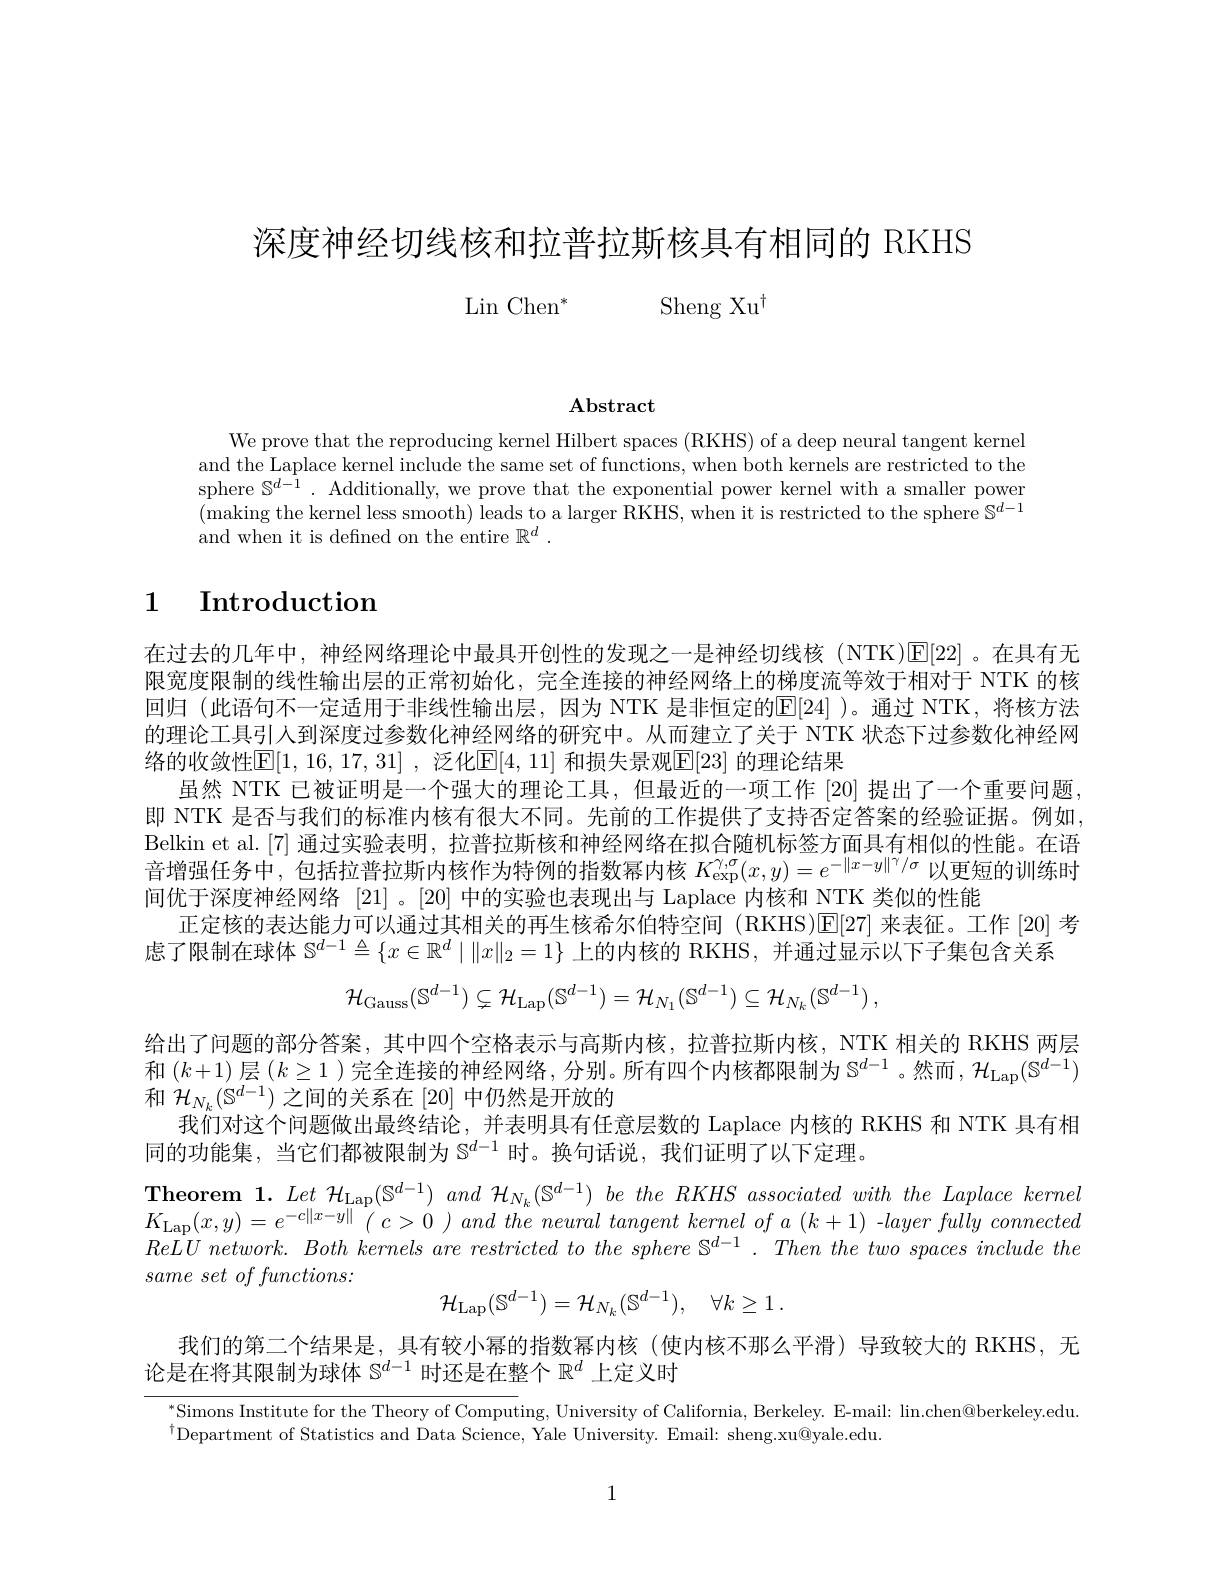
深度神经切线核和拉普拉斯核具有相同的 RKHS
$$\mathrm{Lin~Chen}^*\quad\mathrm{Sheng~Xu}^\dagger $$
$\mathbf{Abstract}$

We prove that the reproducing kernel Hilbert spaces (RKHS) of a deep neural tangent kernel and the Laplace kernel include the same set of functions, when both kernels are restricted to the sphere $\mathbb{S}^d-1.$ Additionally, we prove that the exponential power kernel with a smaller power (making the kernel less smooth) leads to a larger RKHS, when it is restricted to the sphere $\mathbb{S}^d-1$ and when it is defined on the entire $\mathbb{R}^d.$

# 1 Introduction

在过去的几年中，神经网络理论中最具开创性的发现之一是神经切线核(NTK)[E[22]。在具有无限宽度限制的线性输出层的正常初始化，完全连接的神经网络上的梯度流等效于相对于 NTK 的核回归 (此语句不一定适用于非线性输出层，因为 NTK 是非恒定的E[24] )。通过 NTK,将核方法的理论工具引人到深度过参数化神经网络的研究中。从而建立了关于 NTK 状态下过参数化神经网络的收敛性$[\mathbb{E}[1,16,17,31]$ ,泛化$\mathbb{E}[4,11]$ 和损失景观$\mathbb{E}[23]$ 的理论结果
虽然 NTK 已被证明是一个强大的理论工具，但最近的一项工作 [20] 提出了一个重要问题即 NTK 是否与我们的标准内核有很大不同。先前的工作提供了支持否定答案的经验证据。例如Belkin et al.[7] 通过实验表明，拉普拉斯核和神经网络在拟合随机标签方面具有相似的性能。在语音增强任务中，包括拉普拉斯内核作为特例的指数幂内核$K_\mathrm{exp}^{\gamma,\sigma}(x,y)=e^{-\|x-y\|^\gamma/\sigma}$以更短的训练时间优于深度神经网络 [21]。[20] 中的实验也表现出与 Laplace 内核和 NTK 类似的性能
正定核的表达能力可以通过其相关的再生核希尔伯特空间 (RKHS)E[27] 来表征。工作 [20] 考
虑了限制在球体$\mathbb{S}^d-1\triangleq\{x\in\mathbb{R}^d\mid\|x\|_2=1\}$上的内核的 RKHS, 并通过显示以下子集包含关系
$$\mathcal{H}_{\mathrm{Gauss}}(\mathbb{S}^{d-1})\subsetneq\mathcal{H}_{\mathrm{Lap}}(\mathbb{S}^{d-1})=\mathcal{H}_{N_{1}}(\mathbb{S}^{d-1})\subseteq\mathcal{H}_{N_{k}}(\mathbb{S}^{d-1})\:,$$
给出了问题的部分答案，其中四个空格表示与高斯内核，拉普拉斯内核，NTK 相关的 RKHS 两层和$(k+1)$层$(k\geq1$ )完全连接的神经网络，分别。所有四个内核都限制为$\mathbb{S}^d-1$。然而，$\mathcal{H}_\mathrm{Lap}(\mathbb{S}^d-1)$ 和$\mathcal{H}_{N_k}(\mathbb{S}^{d-1})$之间的关系在[20]中仍然是开放的
我们对这个问题做出最终结论，并表明具有任意层数的 Laplace 内核的 RKHS 和 NTK 具有相
同的功能集，当它们都被限制为$\mathbb{S}^{d-1}$时。换句话说，我们证明了以下定理。
Theorem 1. Let $\mathcal{H} _{\mathrm{Lap}}( \mathbb{S} ^{d- 1})$ and $\mathcal{H} _{N_k}( \mathbb{S} ^{d- 1})$ $be$ the $RKHS$ associated with the Laplace kernel $K_{\mathrm{Lap}}( x, y) = e^{- c\| x- y\| }($ $c> 0$ ) and the neural tangent kernel $of$ $a$ $( k+ 1)$ $- layer$ fully connected $same\textit{ set of functions: }$
$$\mathcal{H}_{\mathrm{Lap}}(\mathbb{S}^{d-1})=\mathcal{H}_{N_{k}}(\mathbb{S}^{d-1}),\quad\forall k\geq1\:.$$
我们的第二个结果是，具有较小幂的指数幂内核(使内核不那么平滑)导致较大的 RKHS,无
论是在将其限制为球体$\mathbb{S}^d-1$时还是在整个$\mathbb{R}^d$上定义时

Simons Institute for the Theory of Computing, University of California, Berkeley. E-mail: lin.chen@berkeley.edu

$^{\dagger}$Department of Statistics and Data Science, Yale University. Email: sheng.xu@yale.edu

1